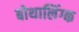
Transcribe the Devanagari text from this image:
बोथालिंग्क